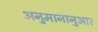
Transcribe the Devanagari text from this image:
अनुमानानुआर